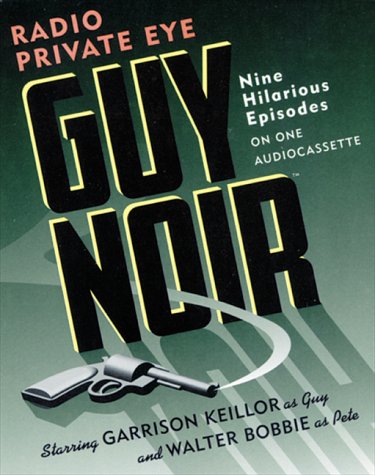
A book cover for Guy Noir: Radio Private Eye; Garrison Keillor; Humor & Entertainment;